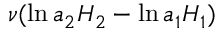
\nu ( \ln a _ { 2 } H _ { 2 } - \ln a _ { 1 } H _ { 1 } )